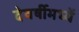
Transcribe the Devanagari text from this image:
देवर्षीमध्यें